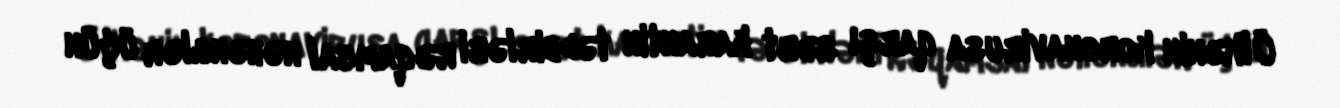
Ölkənin koronavirusa qarşı sərt karantin tədbirləri rəqamsal nəhənglər üçün